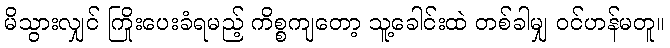
မိသွားလျှင် ကြိုးပေးခံရမည့် ကိစ္စကျတော့ သူ့ခေါင်းထဲ တစ်ခါမျှ ဝင်ဟန်မတူ။